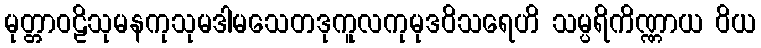
မုတ္တာဝဠိသုမနကုသုမဒါမသေတဒုကူလကုမုဒဝိသရေဟိ သမ္ပရိကိဏ္ဏာယ ဝိယ